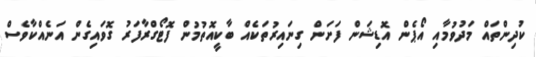
ކުދިންތައް މަދުވުމާއި އޯޕެން އޮޑިޝަން ފަށަން ގިނައިރުތަކެއް ބާކީއޮތުމުން ފޮޓޯގްރާފަރު ގޮވައިގެން އަނެއްކާވެސް